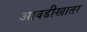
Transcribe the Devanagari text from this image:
आवडीखातर